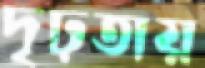
দৃঢ়তায়